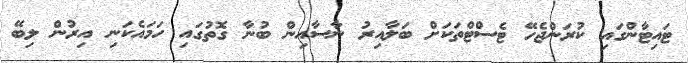
ޓައިޓާންގައި ކުރަންޖެހޭ ޓެސްޓްތަކަށް ބަލާއިރު ނާސާއިން ބުނާ ގޮތުގައި ހަމައެކަނި އިރުން ލިބޭ